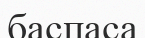
баспаса